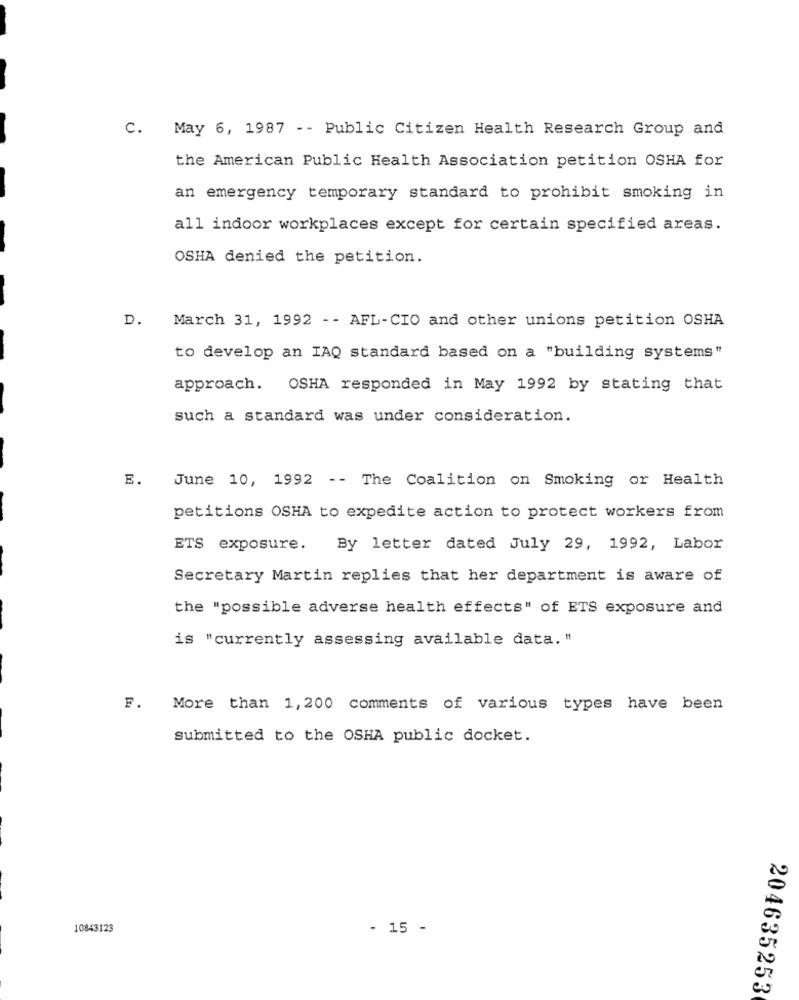
c.
May 6, 1987 - - Public Citizen Health Research Group and
the American Public Health Association petition OSHA for
an emergency temporary standard to prohibit smoking in
all indoor workplaces except for certain specified areas.
OSHA denied the petition.
D.
March 31, 1992 - - AFL-CIO and other unions petition OSHA
to develop an IAQ standard based on a "building systems"
approach. OSHA responded in May 1992 by stating that
such a standard was under consideration.
E.
June 10, 1992 -- The Coalition on Smoking or Health
petitions OSHA to expedite action to protect workers from
ETS exposure. By letter dated July 29, 1992, Labor
Secretary Martin replies that her department is aware of
the "possible adverse health effects" of ETS exposure and
is "currently assessing available data. "
F.
More than 1, 200 comments of various types have been
submitted to the OSHA public docket.
10843123
- 15 -
204635253